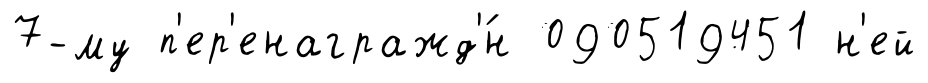
7-му п'ер'енагражд'́н 090519451 н'ей